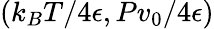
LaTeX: (k_{B}T/4\epsilon,Pv_{0}/4\epsilon)